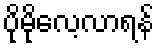
ပိုမိုလေ့လာရန်